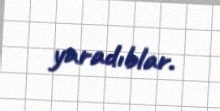
yaradıblar.